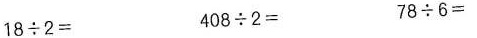
$$18\div2＝$$ $$408\div2＝$$ $$78\div6＝$$